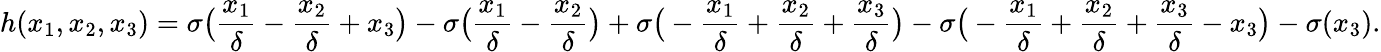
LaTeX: h(x_{1},x_{2},x_{3})=\sigma\big(\frac{x_{1}}{\delta}-\frac{x_{2}}{\delta}+x_{3}\big)-\sigma\big(\frac{x_{1}}{\delta}-\frac{x_{2}}{\delta}\big)+\sigma\big(-\frac{x_{1}}{\delta}+\frac{x_{2}}{\delta}+\frac{x_{3}}{\delta}\big)-\sigma\big(-\frac{x_{1}}{\delta}+\frac{x_{2}}{\delta}+\frac{x_{3}}{\delta}-x_{3}\big)-\sigma(x_{3}).